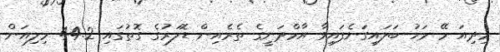
މިދިއަ މޭ މަހު ބަލައިގަނެފައިވާ އާމްދަނީގެ ތެރެއިން ޑޮލަރުގެ ގޮތުގައި 44.2 މިލިއަން